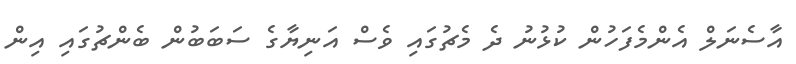
އާސެނަލް އެންމެފަހުން ކުޅުނު ދެ މެޗުގައި ވެސް އަނިޔާގެ ސަބަބުން ބެންޗުގައި އިން